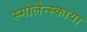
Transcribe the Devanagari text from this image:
स्मोलेन्स्काया